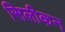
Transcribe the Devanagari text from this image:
सिलीकन